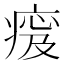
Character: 𤷹